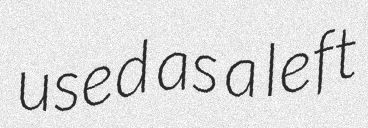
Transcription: used as a left